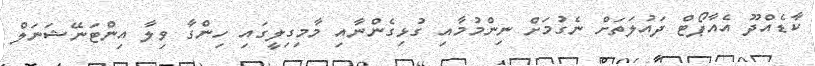
ކާޑެއްދޫ އެއާޕޯޓް ދައުލަތަށް ނެގުމަށް ނިންމުމާއި ގުޅިގެންނާއި މާމިގިލީގައި ހިންގާ ވިލާ އިންޓަނޭޝަނަލް